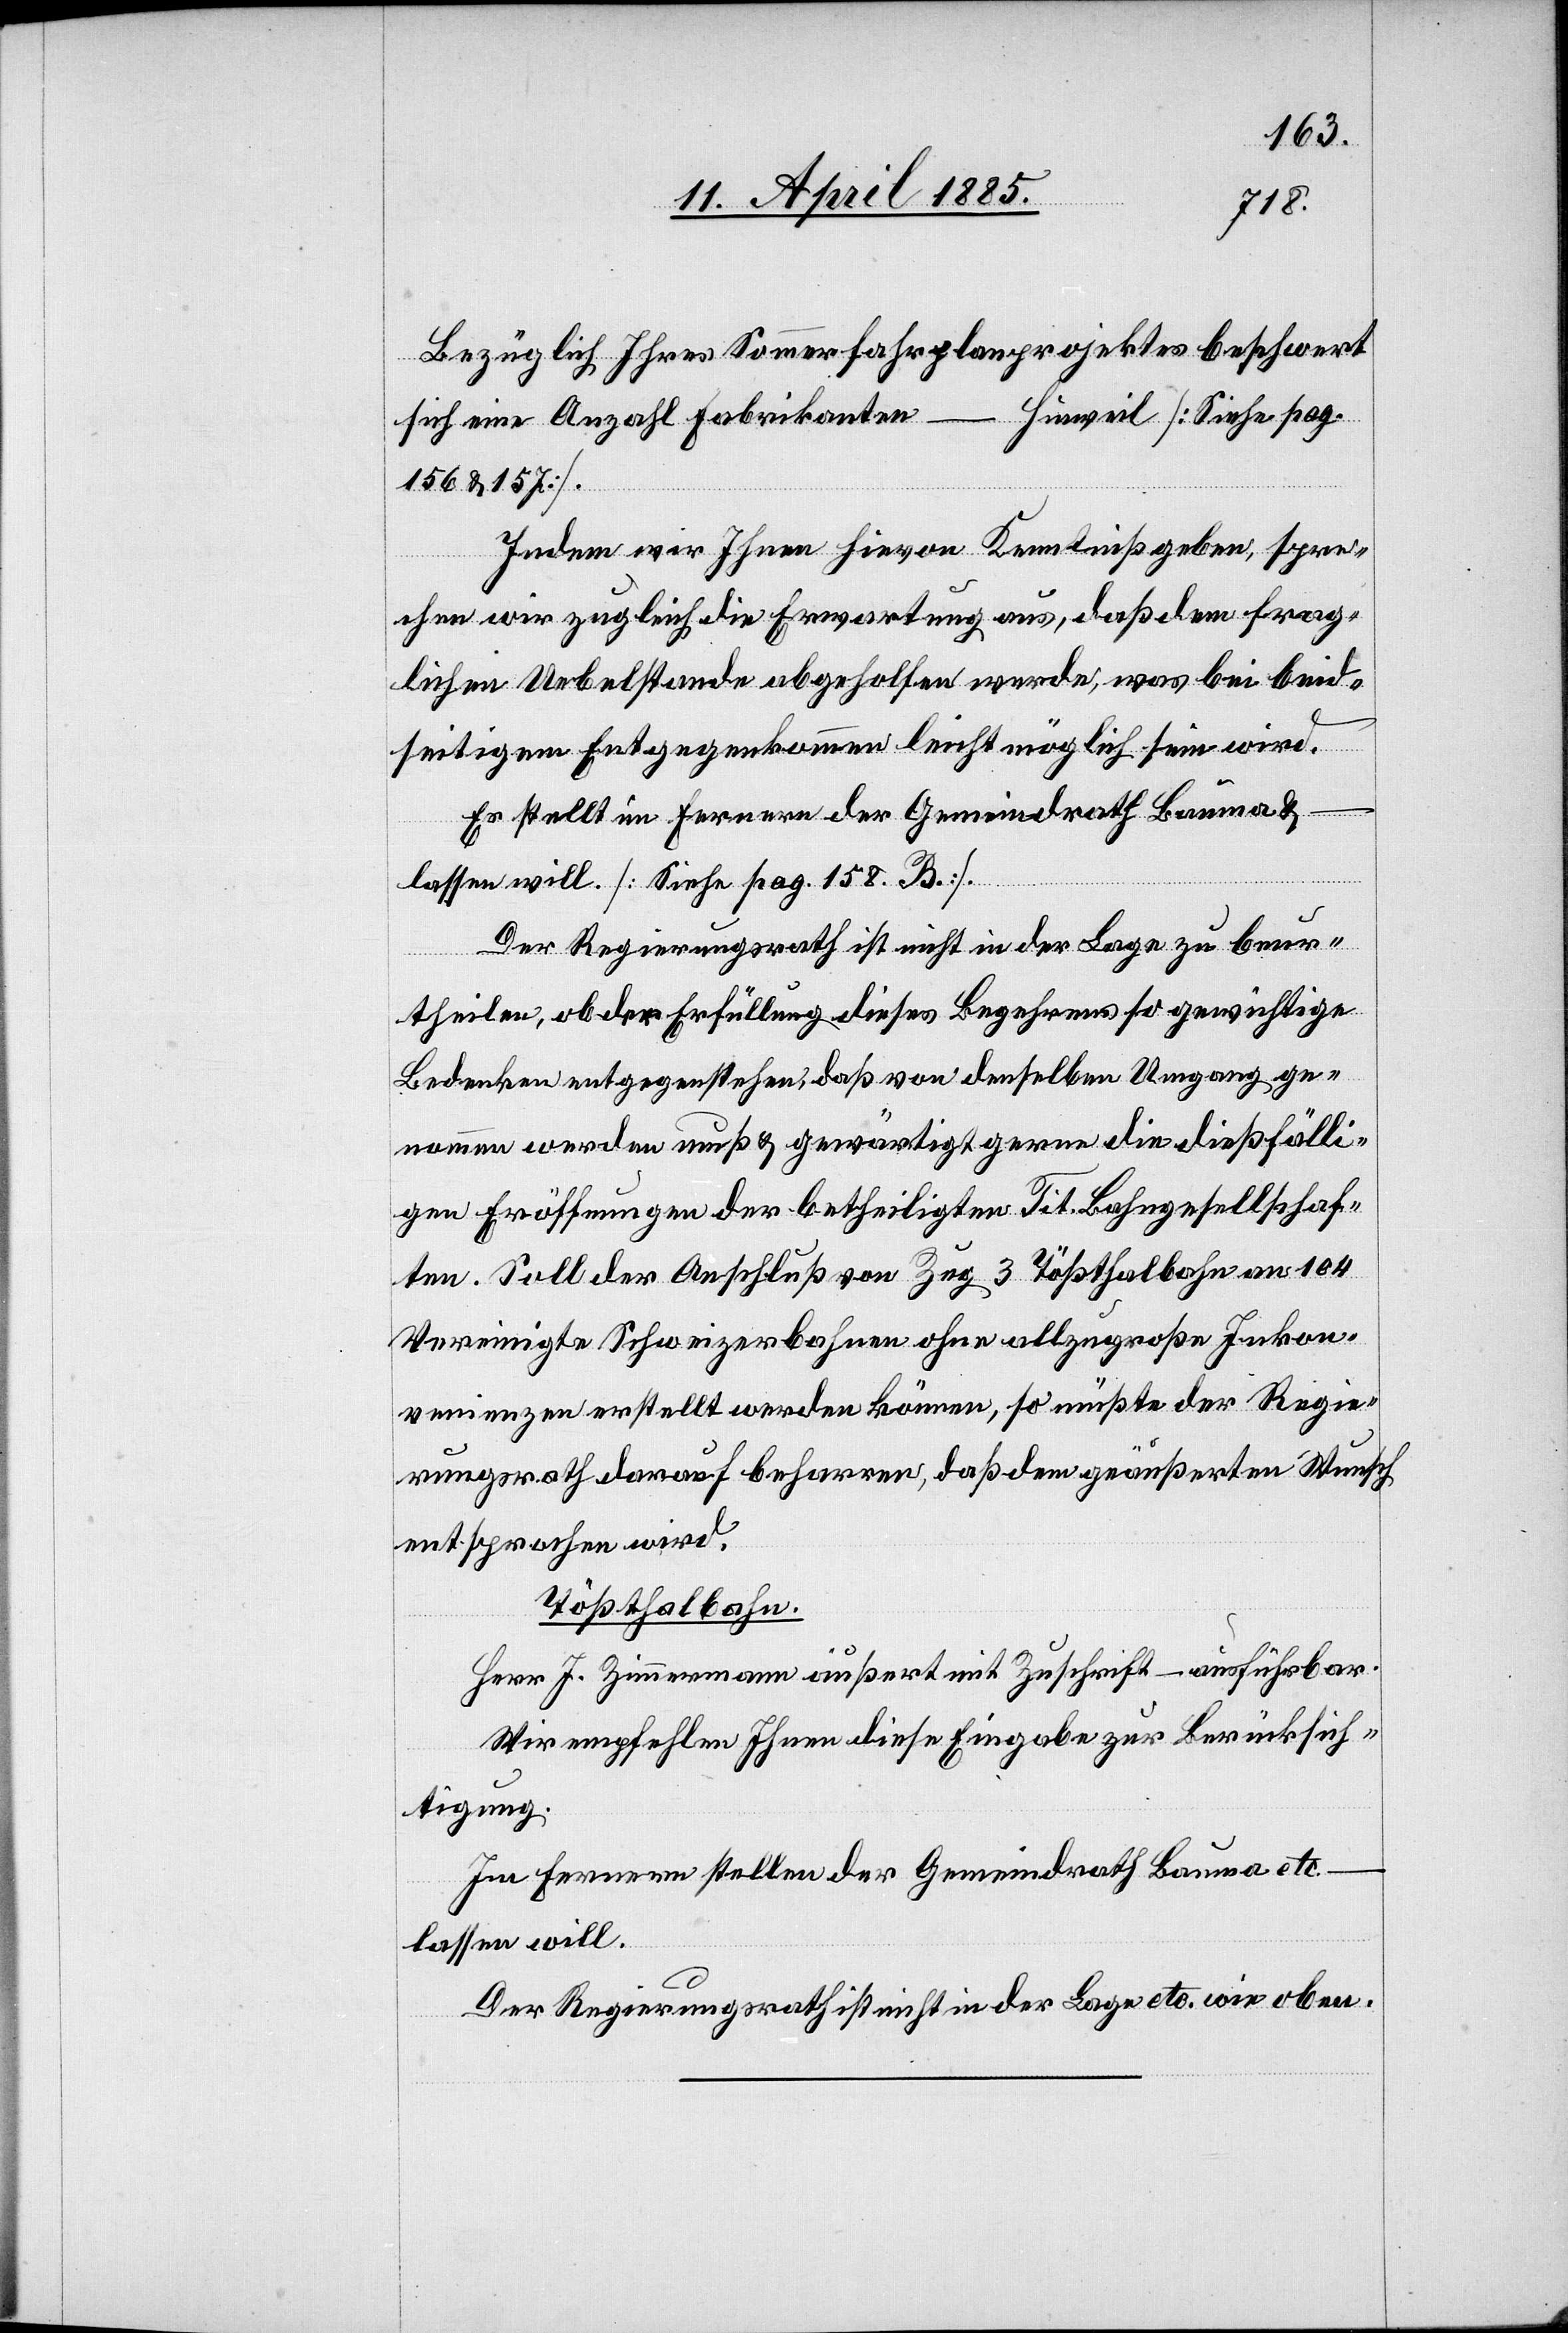
Bezüglich Ihres Sommerfahrplanprojektes beschwert
–
Hinweil [Siehe pag.
sich eine Anzahl Fabrikanten
156 & 157].
Indem wir Ihnen hievon Kenntniß geben, spre¬
chen wir zugleich die Erwartung aus, daß dem frag¬
lichen Uebelstande abgeholfen werde, was bei beid¬
seitigem Entgegenkommen leicht möglich sein wird.
Es stellt im Fernern der Gemeindrath Bauma &
lassen will. [siehe pag. 158 b.]
Der Regierungsrath ist nicht in der Lage zu beur¬
theilen, ob der Erfüllung dieses Begehrens so gewichtige
Bedenken entgegenstehen, daß von denselben Umgang ge¬
nommen werden muß & gewärtigt gerne die dießfälli¬
gen Eröffnungen der betheiligten Tit. Bahngesellschaf¬
ten. Soll der Anschluß von Zug 3 Tößthalbahn an 104
Vereinigte Schweizerbahnen ohne allzugroße Inkon¬
venienzen erstellt werden können, so müßte der Regie¬
rungsrath darauf beharren, das dem geäußerten Wunsch
entsprochen wird.
Tößthalbahn.
Herr J. Zimmermann äußert mit Zuschrift – ausführbar.
Wir empfehlen Ihnen diese Eingabe zur Berücksich¬
tigung.
Im Fernern stellen der Gemeindrath Bauma etc.
lassen will.
Der Regierungsrath ist nicht in der Lage etc. wie oben.